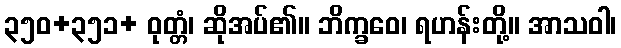
၃၅၀+၃၅၁+ ဝုတ္တံ၊ ဆိုအပ်၏။ ဘိက္ခဝေ၊ ရဟန်းတို့။ အာသဝါ၊